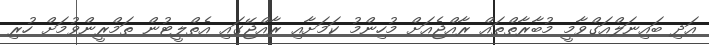
އަދި ބައިނަލްއަގްވާމީ މުބާރާތްތައް ރާއްޖެއަށް މުހިންމު ކަމަށާއި ރާއްޖޭގައި އެތްލީޓުން ތަމްރީންވުމަށް ހުރި